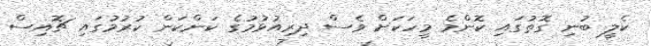
ކެލީ ބުނި ގޮތުގައި ކޮންމެ މީހަކަށް ވެސް ދިރިއުޅުމުގެ ކަންކަން ކުރުމުގައި ޗޮއިސް